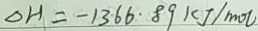
\Delta H = - 1 3 6 6 . 8 9 k J / m o l